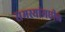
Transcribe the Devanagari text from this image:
समस्यांमधील